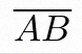
\overline{AB}